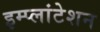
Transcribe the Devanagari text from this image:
इम्प्लांटेशन